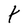
Character: t